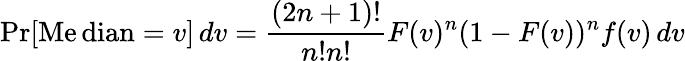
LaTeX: \operatorname*{Pr}[\operatorname{M\mathrm{e}dian}=v]\, dv={\frac{{(2n+1)!}}{{n!n!}}}F(v)^{n}(1-F(v))^{n}f(v)\, dv